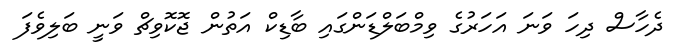
ދެހާސް ދިހަ ވަނަ އަހަރުގެ ވިމްބަލްޑަންގައި ބާޑިކް އަތުން ޖޮކޮވިޗް ވަނީ ބަލިވެފަ